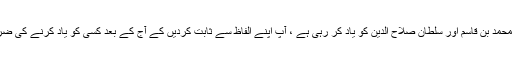
دنیا بھر کے مسلمان محمد بن قاسم اور سلطان صلاح الدین کو یاد کر رہی ہے ، آپ اپنے الفاظ سے ثابت کردیں کے آج کے بعد کسی کو یاد کرنے کی ضرورت نہیں پڑے گی۔